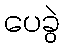
ပေခွဲ